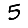
Digit: 5